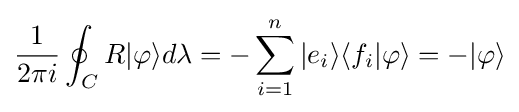
{\frac {1}{2\pi i}}\oint _{C}R|\varphi \rangle d\lambda =-\sum _{i=1}^{n}|e_{i}\rangle \langle f_{i}|\varphi \rangle =-|\varphi \rangle